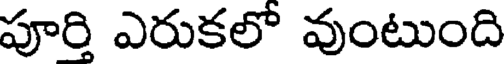
పూర్తి ఎరుకలో వుంటుంది